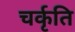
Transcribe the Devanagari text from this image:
चर्कृति